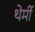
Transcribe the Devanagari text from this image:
थेर्मी